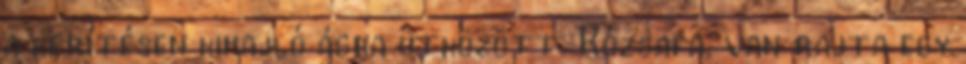
a kerítésen kihajló ágba ütközött. Rózsafa, van rajta egy